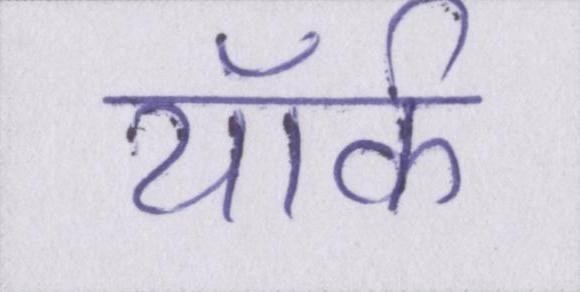
यॉर्क